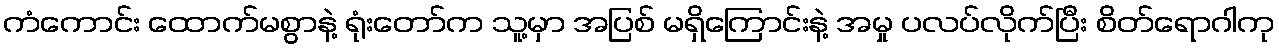
ကံကောင်း ထောက်မစွာနဲ့ ရုံးတော်က သူ့မှာ အပြစ် မရှိကြောင်းနဲ့ အမှု ပလပ်လိုက်ပြီး စိတ်ရောဂါကု